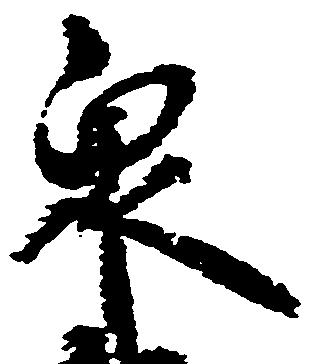
衆